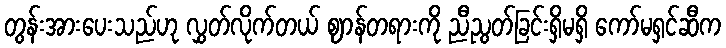
တွန်းအားပေးသည်ဟု လွှတ်လိုက်တယ် ဈာန်တရားကို ညီညွတ်ခြင်းရှိမရှိ ကော်မရှင်ဆီက